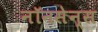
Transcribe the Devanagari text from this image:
नॉनसेन्स